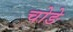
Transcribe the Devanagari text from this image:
चोङे